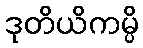
ဒုတိယိကမ္ပိ